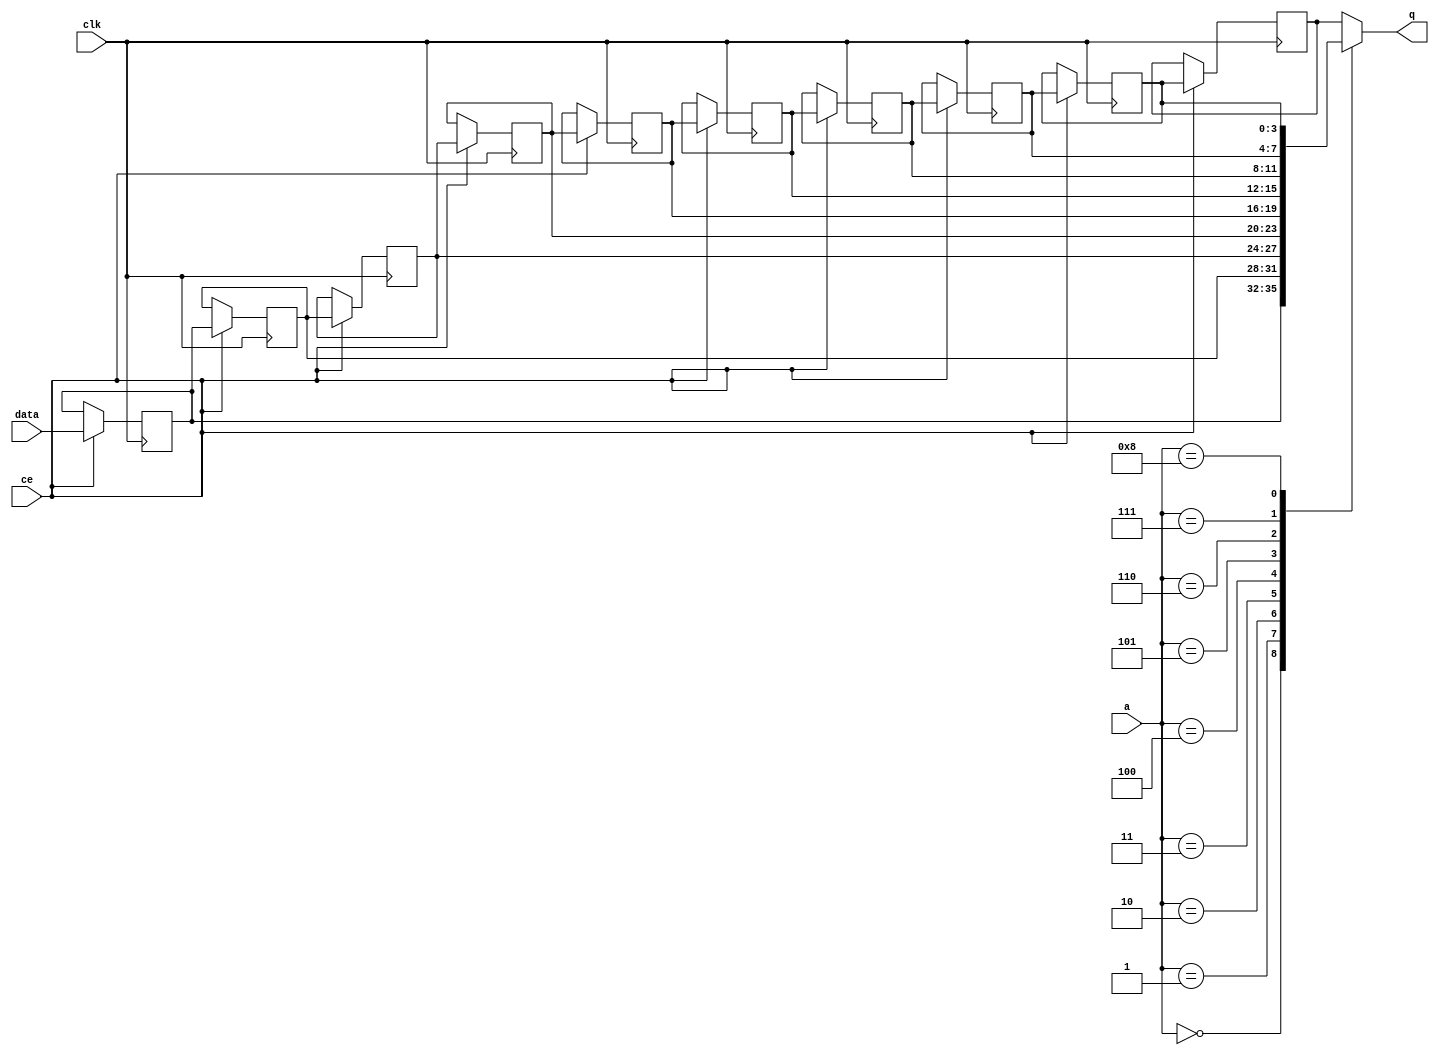
module td_fused_top_fifo_w4_d10_S_shiftReg (
    clk,
    data,
    ce,
    a,
    q);

parameter DATA_WIDTH = 32'd4;
parameter ADDR_WIDTH = 32'd4;
parameter DEPTH = 5'd10;

input clk;
input [DATA_WIDTH-1:0] data;
input ce;
input [ADDR_WIDTH-1:0] a;
output [DATA_WIDTH-1:0] q;

reg[DATA_WIDTH-1:0] sr_0, sr_1, sr_2, sr_3, sr_4, sr_5, sr_6, sr_7, sr_8, sr_9;
integer i;

always @ (posedge clk)
    begin
        if (ce)
        begin
            sr_0 <= data;
            sr_1 <= sr_0;
            sr_2 <= sr_1;
            sr_3 <= sr_2;
            sr_4 <= sr_3;
            sr_5 <= sr_4;
            sr_6 <= sr_5;
            sr_7 <= sr_6;
            sr_8 <= sr_7;
            sr_9 <= sr_8;


        end
    end

always @( sr_0, sr_1, sr_2, sr_3, sr_4, sr_5, sr_6, sr_7, sr_8, sr_9, a) begin
   case (a)
      4'd0: q = sr_0;
      4'd1: q = sr_1;
      4'd2: q = sr_2;
      4'd3: q = sr_3;
      4'd4: q = sr_4;
      4'd5: q = sr_5;
      4'd6: q = sr_6;
      4'd7: q = sr_7;
      4'd8: q = sr_8;
      4'd9: q = sr_9;
      default: q = sr_9;
   endcase
end

endmodule